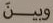
وبين